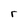
Character: r